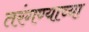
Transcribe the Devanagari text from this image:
तरंगण्याच्या